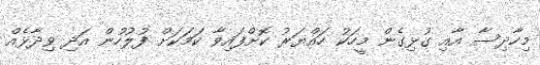
މިހާދިސާ އާއި ގުޅިގެން މީހަކު ހައްޔަރު ކޮށްފައިވާ ކަމަކަށް ފުލުހުން އަދި ވިދާޅެއް